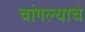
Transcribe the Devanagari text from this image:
चांगल्याचे